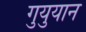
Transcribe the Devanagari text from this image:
गुयुयान